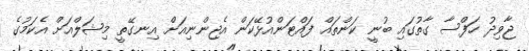
ޖާވިދު ހަފްސާ ގާތުގައި ބުނީ ކަންތައް ފައްޓަންއުޅޭކަން އެޖިންނިއަށް އިނގޭތީ މިޝަލްއަށް އެކަމުގެ